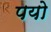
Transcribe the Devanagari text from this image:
पयो